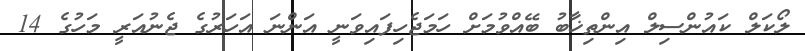
ލޯކަލް ކައުންސިލް އިންތިޚާބު ބޭއްވުމަށް ހަމަޖެހިފައިވަނީ އަންނަ އަހަރުގެ ޖެނުއަރީ މަހުގެ 14